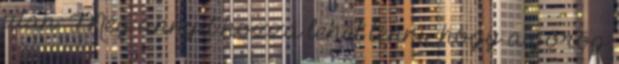
után. Még annyit hozzá lehet tenni, hogy a görög